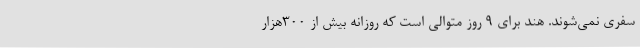
سفری نمی‌شوند. هند برای ۹ روز متوالی است که روزانه بیش از ۳۰۰هزار